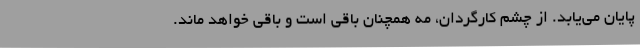
پایان می‌یابد. از چشم کارگردان، مه همچنان باقی است و باقی خواهد ماند.